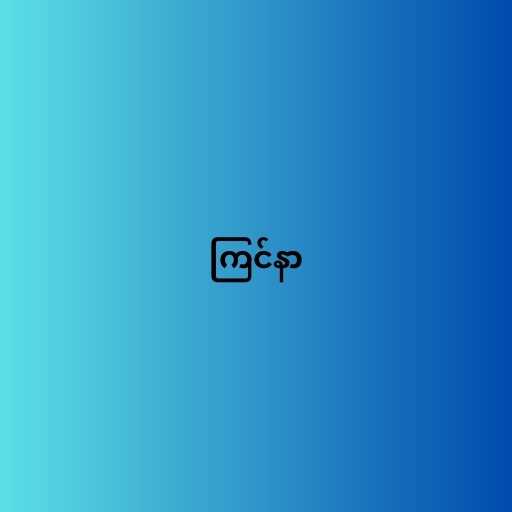
ကြင်နာ